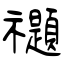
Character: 禵